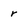
Character: r